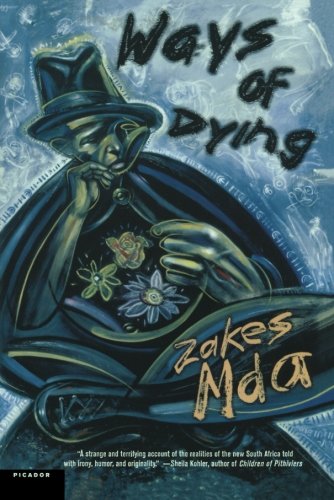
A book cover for Ways of Dying: A Novel; Zakes Mda; Literature & Fiction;